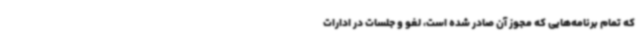
که تمام برنامه‌هایی که مجوز آن صادر شده است، لغو و جلسات در ادارات